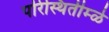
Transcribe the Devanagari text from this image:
परिस्थितीम्ळे